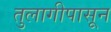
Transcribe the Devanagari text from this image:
तुलागीपासून